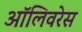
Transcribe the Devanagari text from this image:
ऑलिवरेस